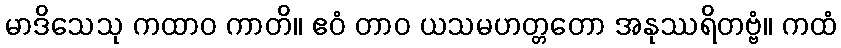
မာဒိသေသု ကထာဝ ကာတိ။ ဧဝံ တာဝ ယသမဟတ္တတော အနုဿရိတဗ္ဗံ။ ကထံ